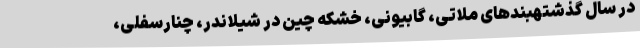
در سال گذشتهبندهای ملاتی، گابیونی، خشکه چین در شیلاندر، چنارسفلی،